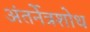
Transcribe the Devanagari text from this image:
अंतर्नेत्रशोथ